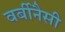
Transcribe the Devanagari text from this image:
वर्बीनैसी